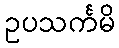
ဥပသင်္ကမိ